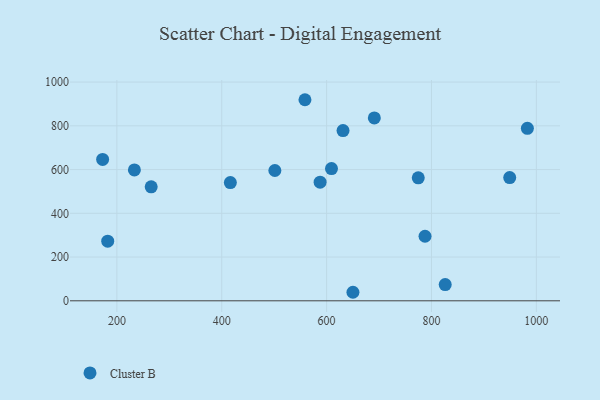
{"axis": {"x": "Price", "y": "Sales"}, "legend": ["Cluster B"], "data": [{"x": "949.2", "y": 563.6, "type": "Cluster B"}, {"x": "787.7", "y": 295.1, "type": "Cluster B"}, {"x": "558.7", "y": 919.3, "type": "Cluster B"}, {"x": "501.3", "y": 595.8, "type": "Cluster B"}, {"x": "172.8", "y": 646.5, "type": "Cluster B"}, {"x": "609.3", "y": 604.5, "type": "Cluster B"}, {"x": "631.3", "y": 778.1, "type": "Cluster B"}, {"x": "416.4", "y": 540.6, "type": "Cluster B"}, {"x": "233.4", "y": 598.5, "type": "Cluster B"}, {"x": "650.2", "y": 39.0, "type": "Cluster B"}, {"x": "774.8", "y": 562.4, "type": "Cluster B"}, {"x": "982.9", "y": 788.5, "type": "Cluster B"}, {"x": "691.0", "y": 836.2, "type": "Cluster B"}, {"x": "265.4", "y": 521.3, "type": "Cluster B"}, {"x": "587.6", "y": 542.2, "type": "Cluster B"}, {"x": "182.5", "y": 272.8, "type": "Cluster B"}, {"x": "826.2", "y": 74.2, "type": "Cluster B"}]}